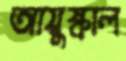
আয়ুষ্কাল